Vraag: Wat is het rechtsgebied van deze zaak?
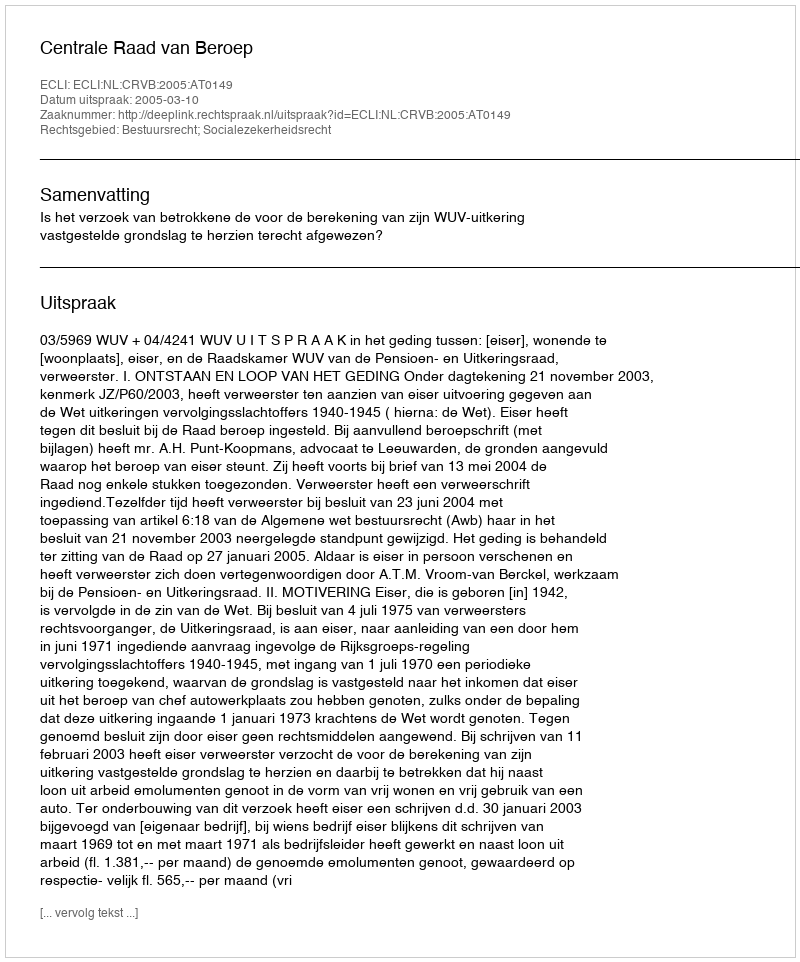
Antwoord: Bestuursrecht; Socialezekerheidsrecht